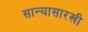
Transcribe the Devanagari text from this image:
सान्यासारखी